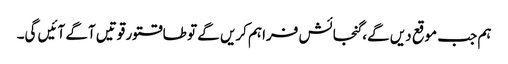
ہم جب موقع دیں گے، گنجائش فراہم کریں گے تو طاقتور قوتیں آگے آئیں گی۔